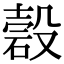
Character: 𥔳